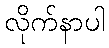
လိုက်နာပါ